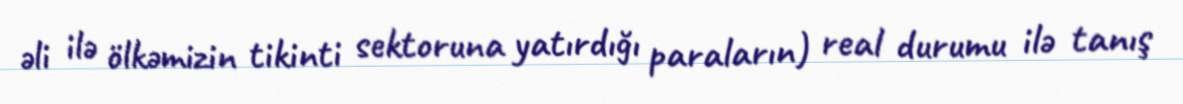
əli ilə ölkəmizin tikinti sektoruna yatırdığı paraların) real durumu ilə tanış